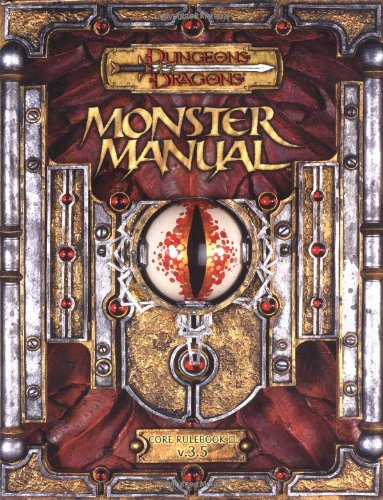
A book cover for Monster Manual: Core Rulebook III  v. 3.5 (Dungeons & Dragons d20 System); Skip Williams; Science Fiction & Fantasy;